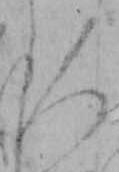
人